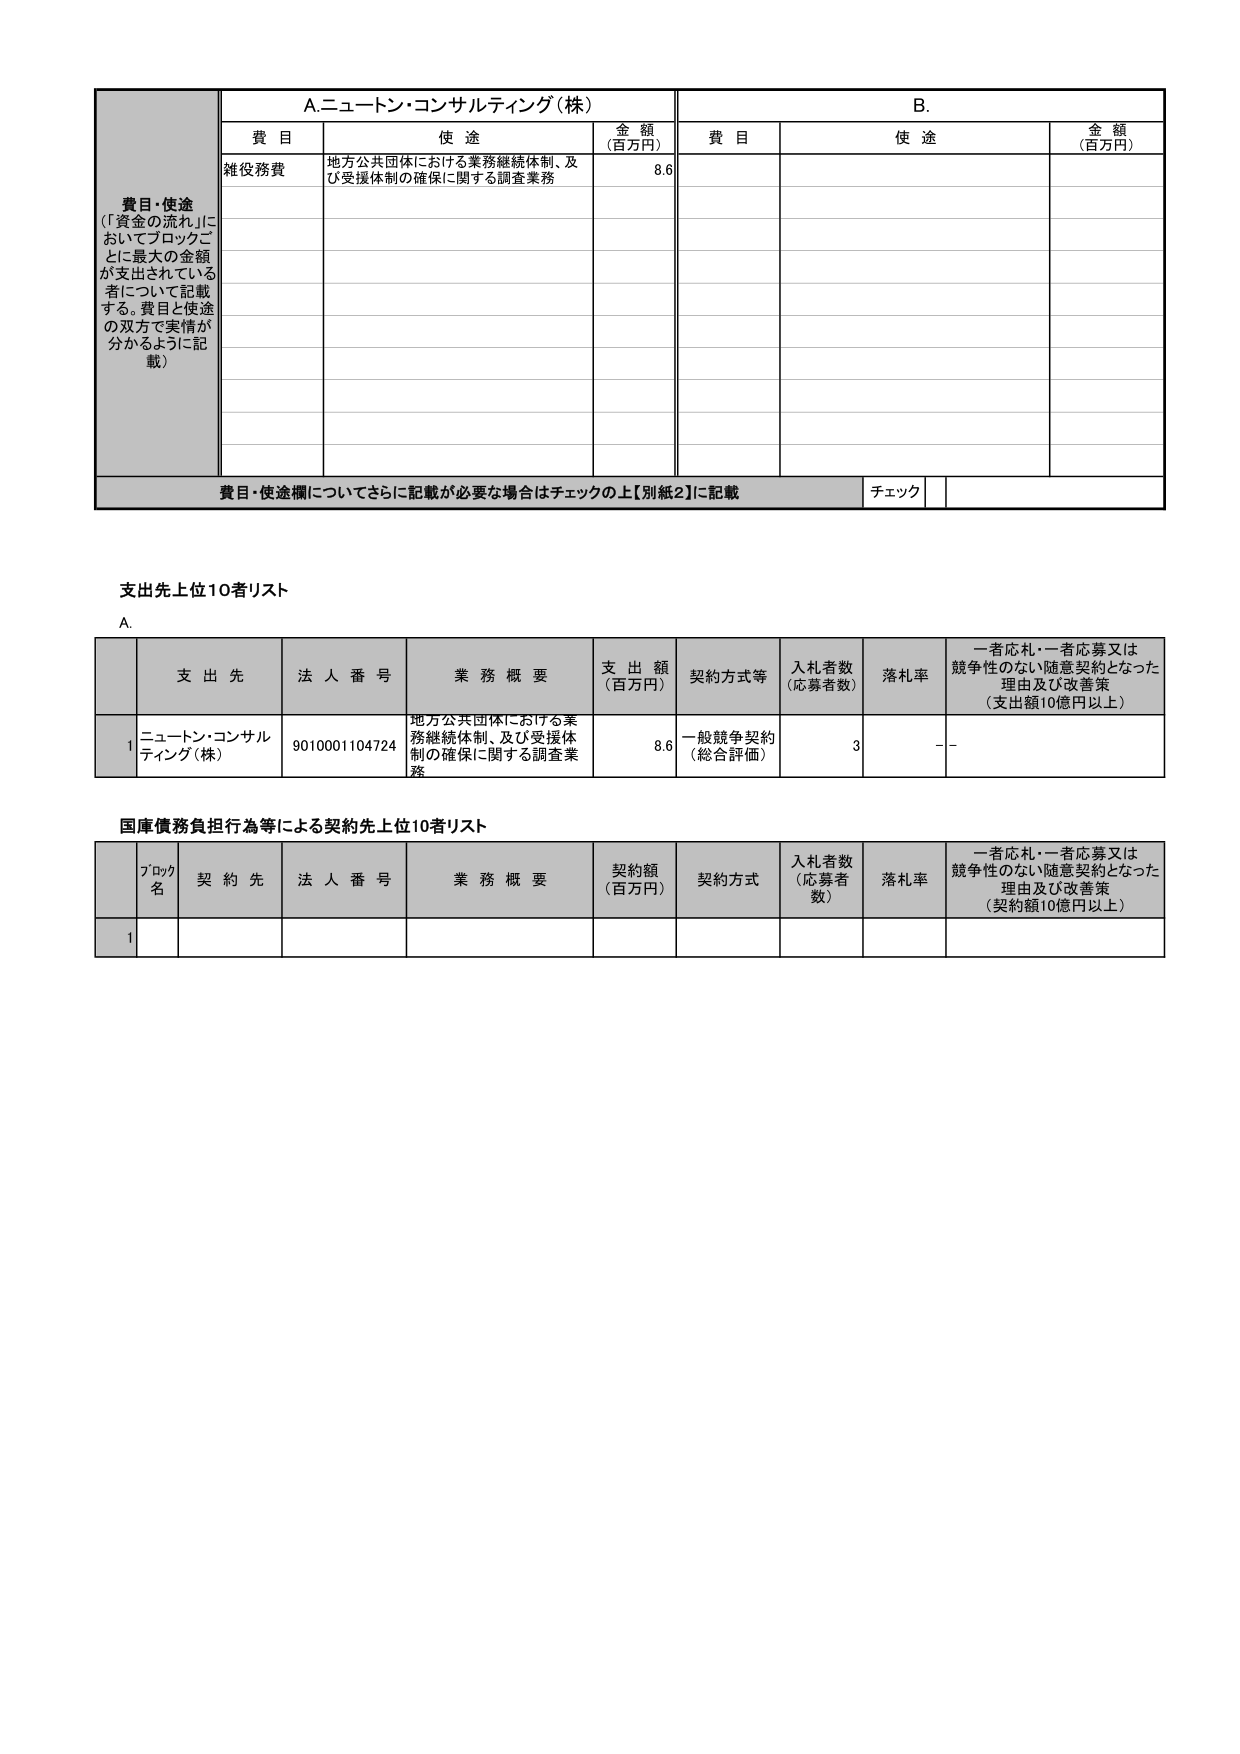
費目・使途
（「資金の流れ」においてブロックごとに最大の金額が支出されている者について記載する。費目と使途の双方で実情が分かるように記載）

A.ニュートン・コンサルティング（株）
費目 使途 金額（百万円）
雑役務費 地方公共団体における業務継続体制、及び受援体制の確保に関する調査業務 8.6

B.
費目 使途 金額（百万円）

費目・使途欄についてさらに記載が必要な場合はチェックの上【別紙2】に記載 チェック

支出先上位10者リスト
A.
支 出 先 法 人 番 号 業 務 概 要 支 出 額（百万円） 契約方式等 入札者数（応募者数） 落札率 一者応札・一者応募又は競争性のない随意契約となった理由及び改善策（支出額10億円以上）
1 ニュートン・コンサルティング（株） 9010001104724 地方公共団体における業務継続体制、及び受援体制の確保に関する調査業務 8.6 一般競争契約（総合評価） 3 --

国庫債務負担行為等による契約先上位10者リスト
ブロック名 契 約 先 法 人 番 号 業 務 概 要 契約額（百万円） 契約方式 入札者数（応募者数） 落札率 一者応札・一者応募又は競争性のない随意契約となった理由及び改善策（契約額10億円以上）
1